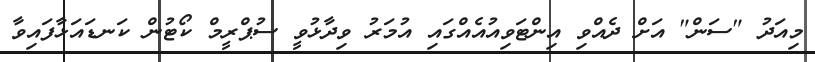
މިއަދު "ސަން" އަށް ދެއްވި އިންޓަވިއުއެއްގައި އުމަރު ވިދާޅުވީ ސުޕްރީމް ކޯޓުން ކަނޑައަޅާފައިވާ